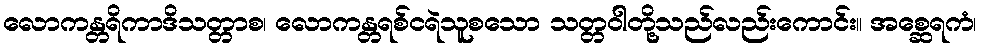
လောကန္တရိကာဒိသတ္တာစ၊ လောကန္တရစ်ငရဲသူစသော သတ္တဝါတို့သည်လည်းကောင်း။ အစ္ဆေရကံ၊